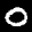
Label: 0